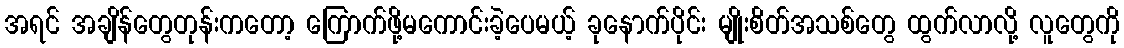
အရင် အချိန်တွေတုန်းကတော့ ကြောက်ဖို့မကောင်းခဲ့ပေမယ့် ခုနောက်ပိုင်း မျိုးစိတ်အသစ်တွေ ထွက်လာလို့ လူတွေကို